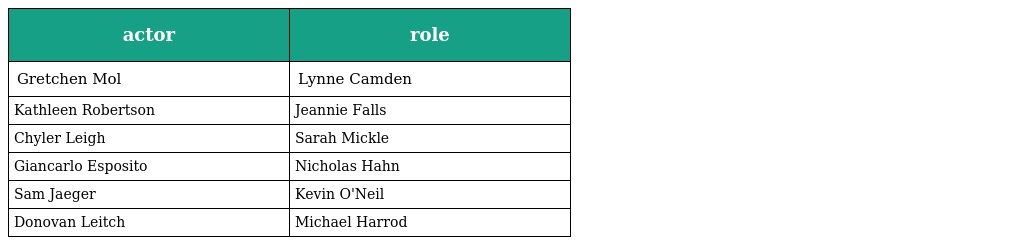
| actor | role |
 | --- | --- |
 | Gretchen Mol | Lynne Camden |
 | Kathleen Robertson | Jeannie Falls |
 | Chyler Leigh | Sarah Mickle |
 | Giancarlo Esposito | Nicholas Hahn |
 | Sam Jaeger | Kevin O'Neil |
 | Donovan Leitch | Michael Harrod |